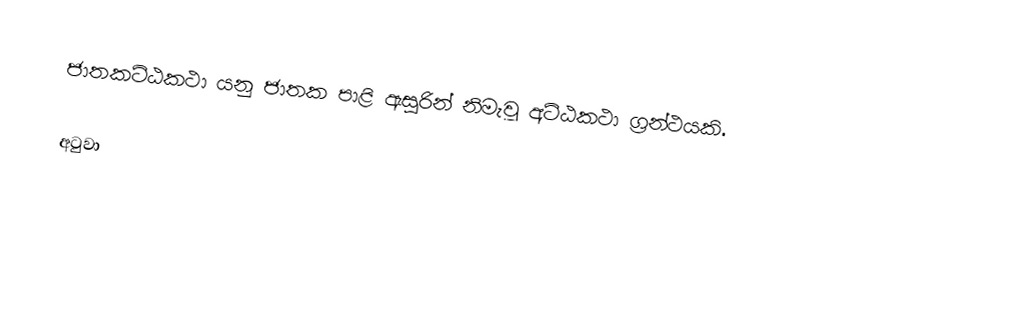
ජාතකට්ඨකථා යනු ජාතක පාළි ඇසුරින් නිමැවූ අට්ඨකථා ග්‍රන්ථයකි.

අටුවා